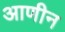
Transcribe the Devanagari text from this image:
आणीन